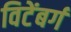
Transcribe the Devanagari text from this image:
विटेंबर्ग